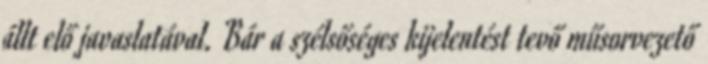
állt elő javaslatával. Bár a szélsőséges kijelentést tevő műsorvezető